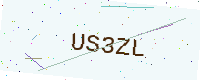
Text: US3ZL